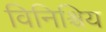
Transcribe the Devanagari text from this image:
विनिश्चिय